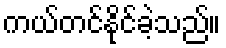
ကယ်တင်နိုင်ခဲ့သည်။